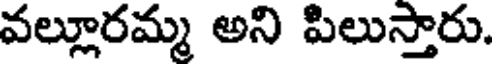
వల్లూరమ్మ అని పిలుస్తారు.